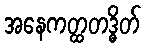
အနေကတ္ထတဒ္ဓိတ်